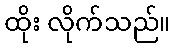
ထိုး လိုက်သည်။